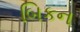
બિકન